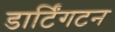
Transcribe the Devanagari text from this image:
डार्टिंगटन